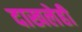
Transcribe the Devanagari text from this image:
दाखलेही